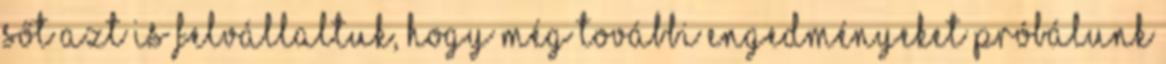
sőt azt is felvállaltuk, hogy még további engedményeket próbálunk